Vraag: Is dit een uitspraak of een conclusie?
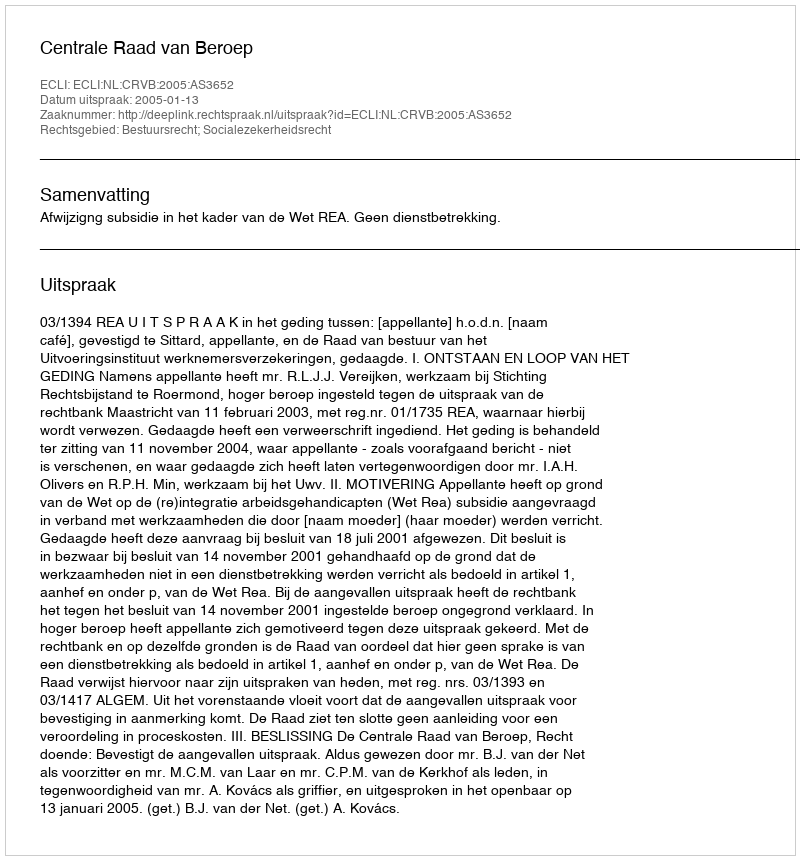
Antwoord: Uitspraak